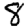
Digit: 8